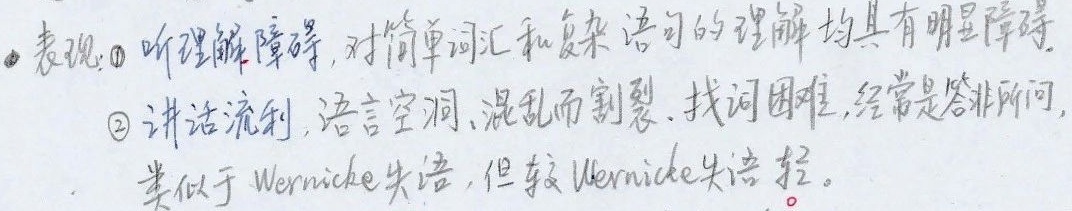
●表现：\textcircled{1}听理解障碍，对简单词汇和复杂语句的理解均具有明显障碍。\textcircled{2}讲话流利，语言空洞、混乱而割裂，找词困难，经常是答非所问，类似于Wernicke失语，但较Wernicke失语轻。